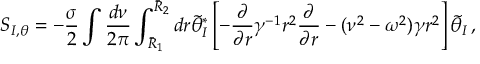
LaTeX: S _ { I , \theta } = - \frac { \sigma } { 2 } \int \frac { d \nu } { 2 \pi } \int _ { \bar { R } _ { 1 } } ^ { \bar { R } _ { 2 } } d r \tilde { \theta } _ { I } ^ { * } \left[ - \frac { \partial } { \partial r } \gamma ^ { - 1 } r ^ { 2 } \frac { \partial } { \partial r } - ( \nu ^ { 2 } - \omega ^ { 2 } ) \gamma r ^ { 2 } \right] \tilde { \theta } _ { I } \, ,